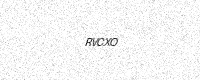
Text: RVCXO